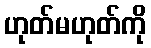
ဟုတ်မဟုတ်ကို